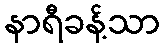
နာရီခန့်သာ